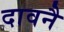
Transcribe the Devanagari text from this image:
दावनै